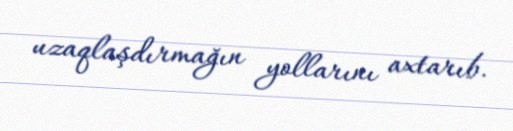
uzaqlaşdırmağın yollarını axtarıb.